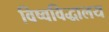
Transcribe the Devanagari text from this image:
विष्वविद्धालय